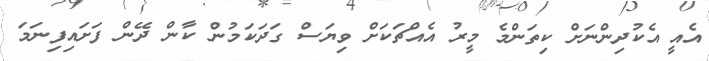
އެއީ އެކުދިންނަށް ކިތަންމެ މީރު އެއްޗަކަށް ވިޔަސް ގަދަކަމުން ކާން ދޭން ފަށައިފިނަމަ